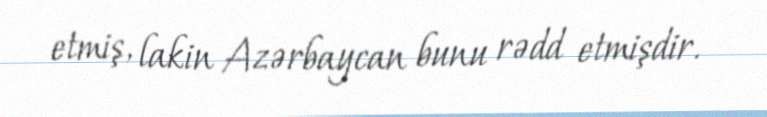
etmiş, lakin Azərbaycan bunu rədd etmişdir.